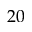
2 0